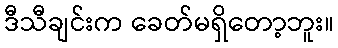
ဒီသီချင်းက ခေတ်မရှိတော့ဘူး။